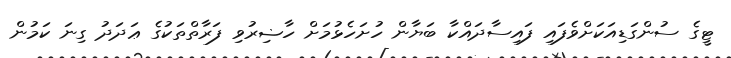
ޓީގެ ސުންގަޑިއަކަށްވެފައި ފައިސާދައްކާ ބަޔާން ހުށަހެޅުމަށް ހާޟިރުވި ފަރާތްތަކުގެ ޢަދަދު ގިނަ ކަމުން